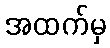
အထက်မှ